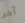
آخر